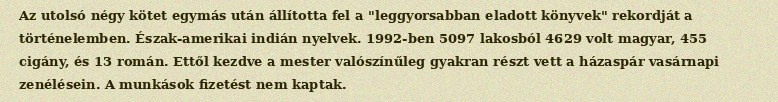
Az utolsó négy kötet egymás után állította fel a "leggyorsabban eladott könyvek" rekordját a történelemben. Észak-amerikai indián nyelvek. 1992-ben 5097 lakosból 4629 volt magyar, 455 cigány, és 13 román. Ettől kezdve a mester valószínűleg gyakran részt vett a házaspár vasárnapi zenélésein. A munkások fizetést nem kaptak.